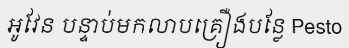
អូវែន បន្ទាប់មកលាបគ្រឿងបន្លែ Pesto